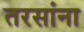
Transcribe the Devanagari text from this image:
तरसांना